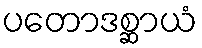
ပတောဒစ္ဆာယံ